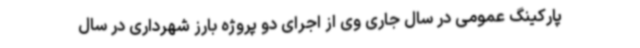
پارکینگ عمومی در سال جاری وی از اجرای دو پروژه بارز شهرداری در سال